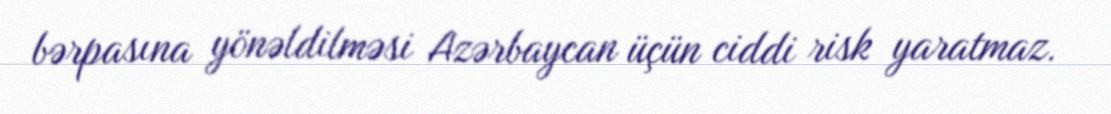
bərpasına yönəldilməsi Azərbaycan üçün ciddi risk yaratmaz.